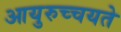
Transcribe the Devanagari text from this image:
आयुरुच्चयते